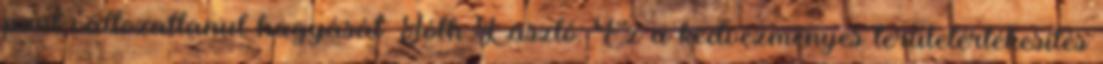
pont változatlanul hagyását. Tóth László: Ez a kedvezményes területértékesítés